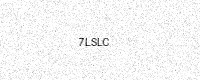
Text: 7LSLC